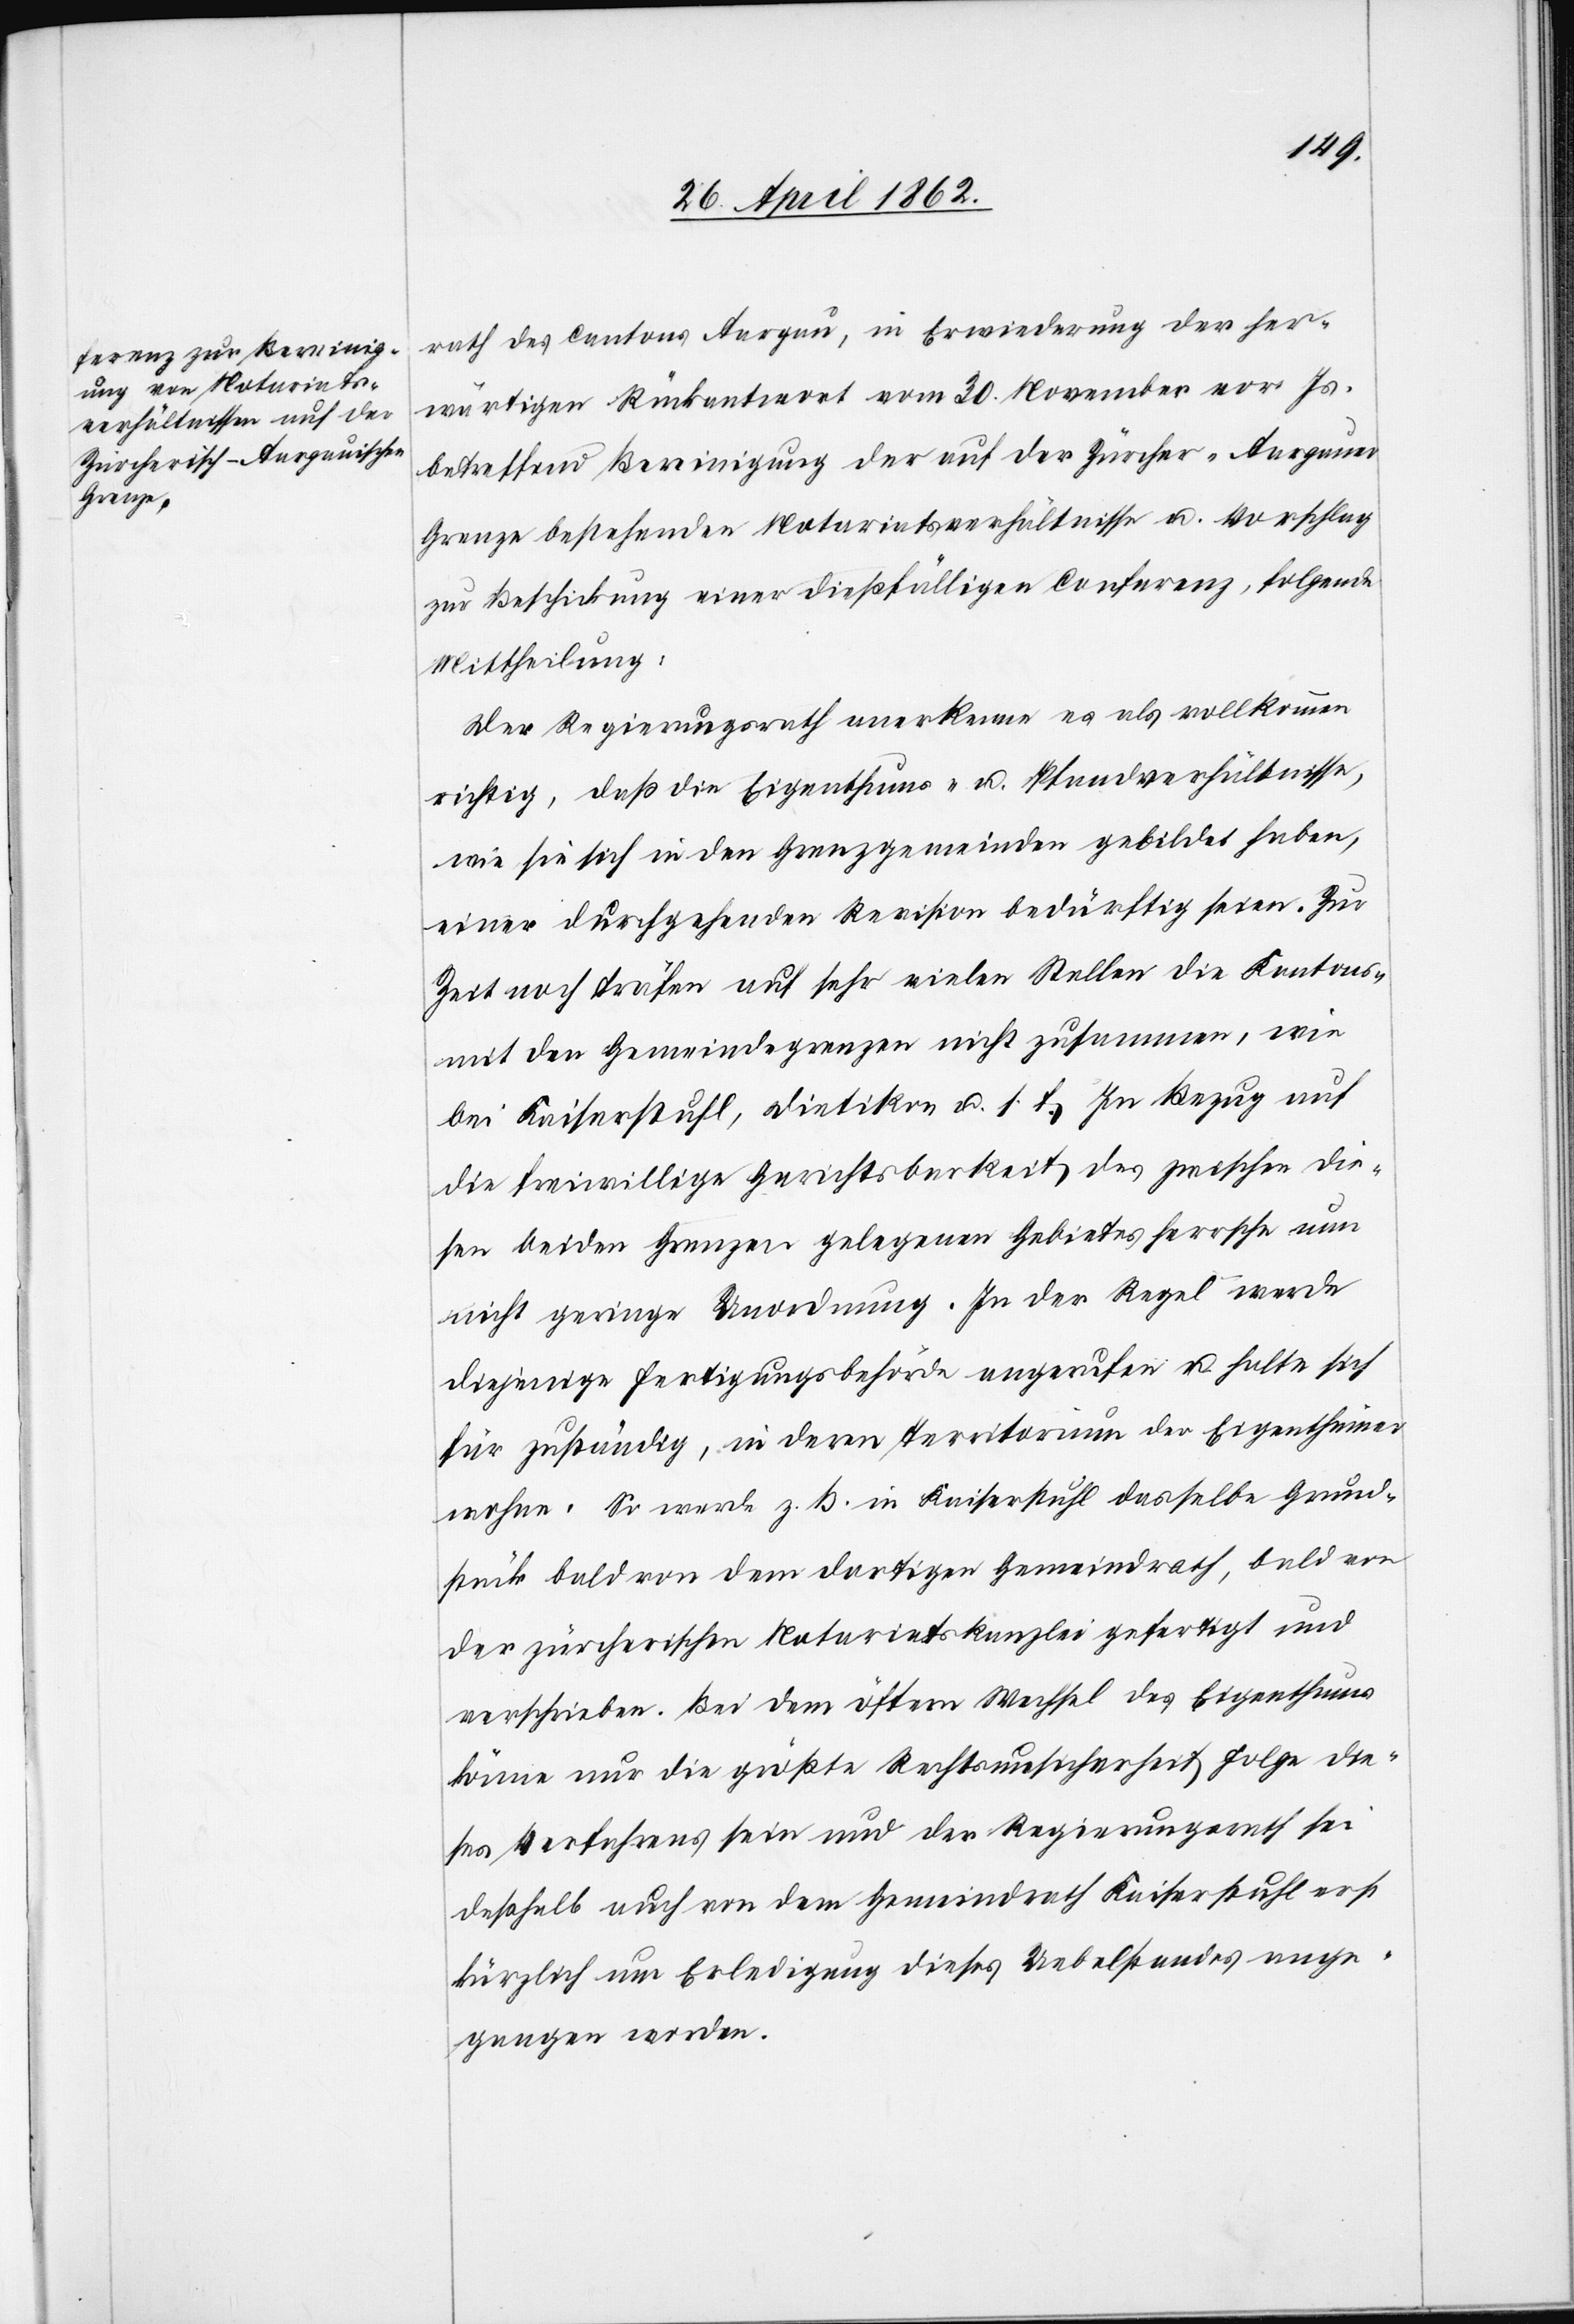
rath des Cantons Aargau, in Erwiederung der her¬
wärtigen Rückantwort vom 30. November vor. Js.
betreffend Bereinigung der auf der Zürcher-Aargauer
Grenze bestehenden Notariatsverhältnisse u. Vorschlag
zur Beschickung einer dießfälligen Conferenz, folgende
Mittheilung:
Der Regierungsrath anerkenne es als vollkommen
richtig, daß die Eigenthums- u. Pfandverhältnisse,
wie sie sich in den Grenzgemeinden gebildet haben,
einer durchgehenden Revision bedürftig seien. Zur
Zeit noch träfen auf sehr vielen Stellen die Kantons-
mit den Gemeindegrenzen nicht zusammen, wie
bei Kaiserstuhl, Dietikon u. s. f. In Bezug auf
die freiwillige Gerichtsbarkeit des zwischen die¬
sen beiden Grenzen gelegenen Gebietes herrsche nun
nicht geringe Anordnung. In der Regel werde
diejenige Fertigungsbehörde angerufen u. halte sich
für zuständig, in deren Territorium der Eigenthümer
wohne. So werde z. b. in Kaiserstuhl dasselbe Grund¬
stück bald von dem dortigen Gemeindrath, bald von
der zürcherischen Notariatskanzlei gefertigt und
verschrieben. Bei den öftern Wechsel des Eigenthums
könne nur die größte Rechtsunsicherheit Folge die¬
ses Verfahrens sein und der Regierungsrath sei
deßhalb auch von dem Gemeindrathe Kaiserstuhl erst
kürzlich um Erledigung dieses Uebelstandes ange¬
gangen worden.